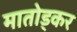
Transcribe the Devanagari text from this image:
मातोड्कर